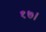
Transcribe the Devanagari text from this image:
१७।